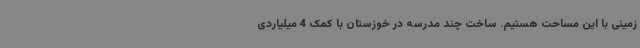
زمینی با این مساحت هستیم. ساخت چند مدرسه در خوزستان با کمک 4 میلیاردی